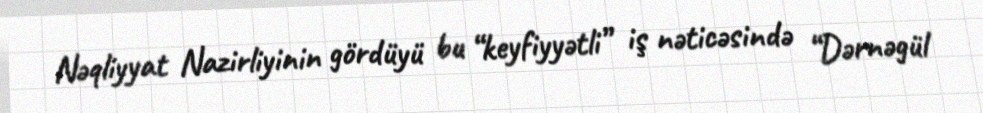
Nəqliyyat Nazirliyinin gördüyü bu “keyfiyyətli” iş nəticəsində “Dərnəgül